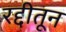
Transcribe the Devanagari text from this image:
रद्दीतून